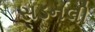
સડનલી